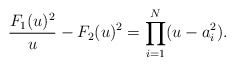
\begin{align*}\frac{F_{1}(u)^{2}}{u} - F_{2}(u)^{2} = \prod_{i=1}^{N}(u-a_{i}^{2}).\end{align*}